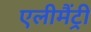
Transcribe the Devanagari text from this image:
एलीमैंट्री